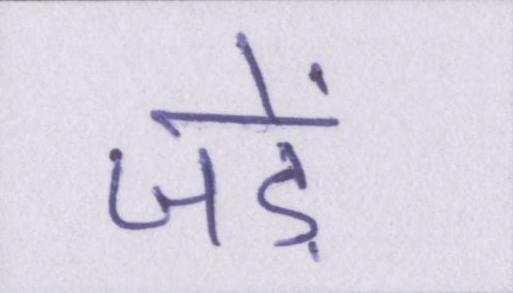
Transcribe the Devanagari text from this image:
जड़ें